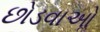
છોડવાઓૢ